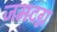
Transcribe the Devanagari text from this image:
जमदग्न